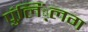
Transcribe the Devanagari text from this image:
पुंलिं्लग